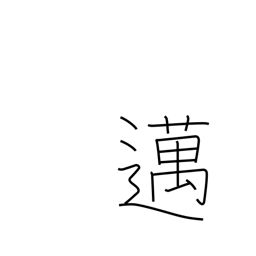
Meaning: go